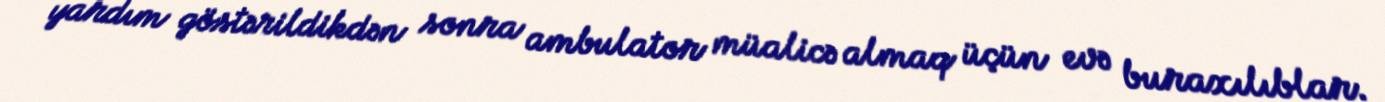
yardım göstərildikdən sonra ambulator müalicə almaq üçün evə buraxılıblar.